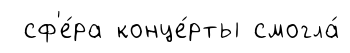
сф'е́ра конце́рты смогла́